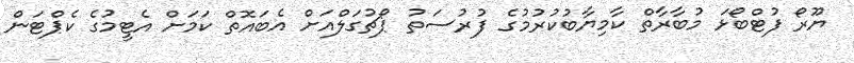
ޔޫރޯ ފުޓްބޯޅަ މުބާރާތް ކާމިޔާބުކުރުމުގެ ފުރުސަތު ޕޯޗުގަލްއަށް އެބައޮތް ކަމަށް އެޓީމުގެ ކެޕްޓަން